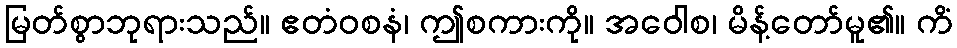
မြတ်စွာဘုရားသည်။ ဧတံဝစနံ၊ ဤစကားကို။ အဝေါစ၊ မိန့်တော်မူ၏။ ကိံ